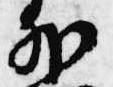
外